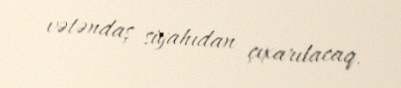
vətəndaş siyahıdan çıxarılacaq.